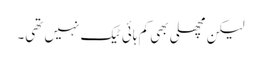
لیکن مچھلی بھی کم ہائی ٹیک نہیں تھی۔